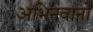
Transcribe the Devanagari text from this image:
अभिनवानो